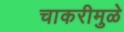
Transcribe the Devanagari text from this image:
चाकरीमुळे